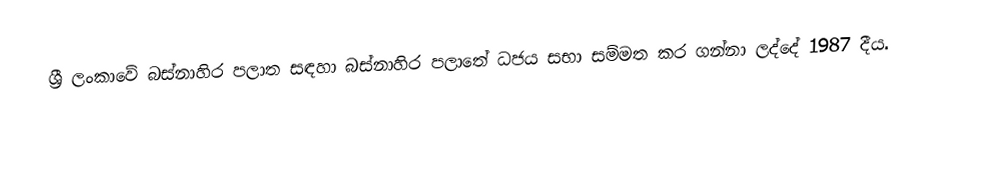
ශ්‍රී ලංකාවේ  බස්නාහිර පලාත සඳහා  බස්නාහිර පලාතේ ධජය සභා සම්මත කර ගන්නා ලද්දේ 1987 දීය.